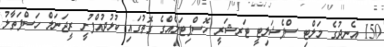
150 އެނދުގެ މަލްޓި ސްޕެޝަލިޓީ ޓަރޝަރީ ހޮސްޕިޓަލެއްގެ ގޮތުގައި ކުޅުދުއްފުށީ ރީޖަނަލް ހަސްފަތާލު